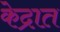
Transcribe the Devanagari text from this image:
केद्रात